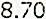
8.70